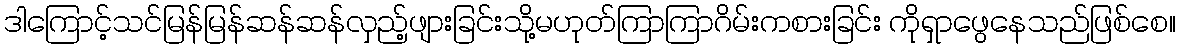
ဒါကြောင့်သင်မြန်မြန်ဆန်ဆန်လှည့်ဖျားခြင်းသို့မဟုတ်ကြာကြာဂိမ်းကစားခြင်း ကိုရှာဖွေနေသည်ဖြစ်စေ။